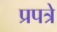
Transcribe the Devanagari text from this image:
प्रपत्रे